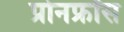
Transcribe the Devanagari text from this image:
प्रोनफ्रॉस